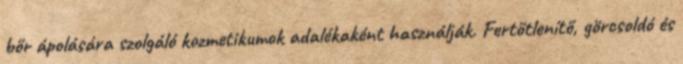
bőr ápolására szolgáló kozmetikumok adalékaként használják. Fertőtlenítő, görcsoldó és